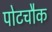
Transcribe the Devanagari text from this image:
पोटचौक